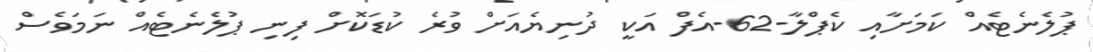
ޕުލެނެޓެއް ކަމަށާއި ކެޕްލާ-62-އެފް އަކީ ދުނިޔެއަށް ވުރެ ކުޑަކޮށް ފިނި ޕުލެނެޓެއް ނަމަވެސް